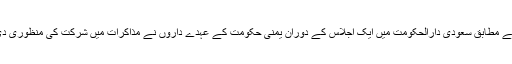
بیان کے مطابق سعودی دارالحکومت میں ایک اجلاس کے دوران یمنی حکومت کے عہدے داروں نے مذاکرات میں شرکت کی منظوری دی ہے۔